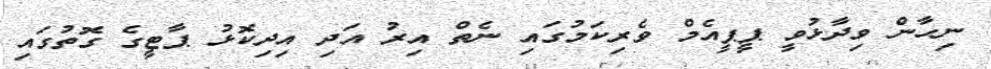
ނިހާން ވިދާޅުވީ ޕީޕީއެމް ވެރިކަމުގައި ނެތް އިރު އަދި އިިދިކޮޅު ޕާޓީގެ ގޮތުގައި